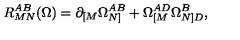
R _ { M N } ^ { A B } ( \Omega ) = \partial _ { [ M } \Omega _ { N ] } ^ { A B } + \Omega _ { [ M } ^ { A D } \Omega _ { N ] D } ^ { B } ,